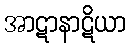
အာဋာနာဋိယာ